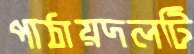
পাঠায়দলটি